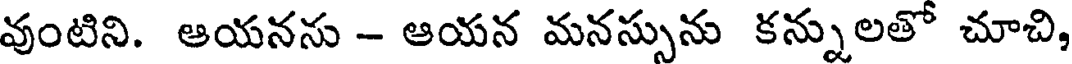
వుంటిని. ఆయనను - ఆయన మనస్సును కన్నులతో చూచి,